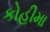
કોહીમા